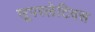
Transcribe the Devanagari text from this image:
सूपरलेटिवस